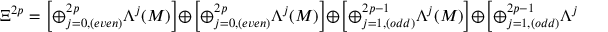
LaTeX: \Xi ^ { 2 p } = \left[ \oplus _ { j = 0 , ( e v e n ) } ^ { 2 p } \Lambda ^ { j } ( M ) \right] \oplus \left[ \oplus _ { j = 0 , ( e v e n ) } ^ { 2 p } \Lambda ^ { j } ( M ) \right] \oplus \left[ \oplus _ { j = 1 , ( o d d ) } ^ { 2 p - 1 } \Lambda ^ { j } ( M ) \right] \oplus \left[ \oplus _ { j = 1 , ( o d d ) } ^ { 2 p - 1 } \Lambda ^ { j } ( M ) \right]